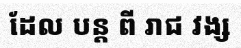
ដែល បន្ត ពី រាជ វង្ស